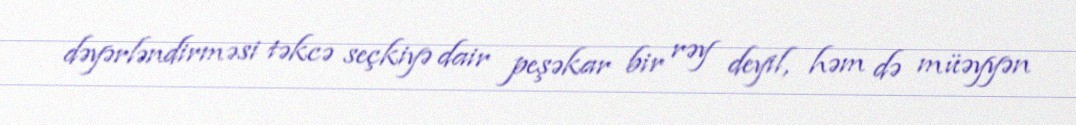
dəyərləndirməsi təkcə seçkiyə dair peşəkar bir rəy deyil, həm də müəyyən